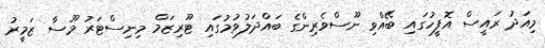
މިއަދު ރައީސް އޮފީހުގައި ބޭއްވި ނޫސްވެރިންގެ ބައްދަލުވުމުގައި ޓޫރިޒަމް މިނިސްޓަރު މޫސާ ޒަމީރު